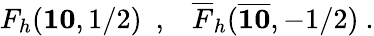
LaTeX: {F}_{h}({\mathbf{10}},1/2)\, \, \, ,\, \, \, \, \, {\overline{{{F}}}}_{h}({\overline{{{\mathbf{10}}}}},-1/2)\ .